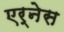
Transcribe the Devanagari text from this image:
एर्नेस